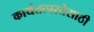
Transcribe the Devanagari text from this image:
कार्यतत्परतेसाठी